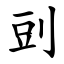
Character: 剅